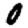
Digit: 0